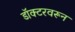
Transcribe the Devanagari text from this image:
डॉक्टरवरून